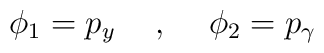
\phi_1=p_y\hspace{5mm},\hspace{5mm}\phi_2=p_\gamma